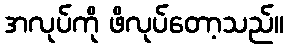
အလုပ်ကို ဖိလုပ်တော့သည်။